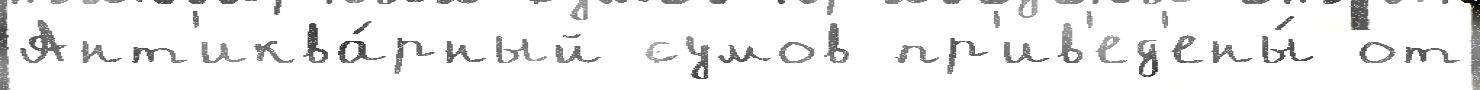
Ант'иква́рный сумов пр'ив'ед'ены́ от